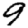
Digit: 9